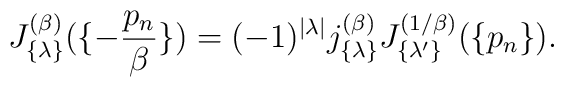
J_{\{ \lambda \} }^{(\beta)}( \{- {p_n \over \beta} \} ) =(-1)^{|\lambda|} j_{\{ \lambda \} }^{(\beta)}J_{\{ \lambda' \} }^{(1/\beta)}( \{p_n \}).